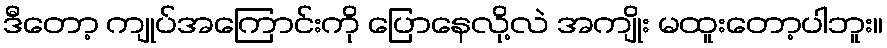
ဒီတော့ ကျုပ်အကြောင်းကို ပြောနေလို့လဲ အကျိုး မထူးတော့ပါဘူး။